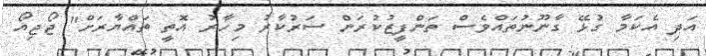
އަދި އެކަމާ ގުޅޭ ގާނޫނުތައްވެސް ތަންފީޒުކުރަން ސަރުކާރު މިހާރު އޮތީ ތައްޔާރަށް" ޖޯޖިއޯ